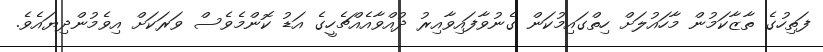
ފަތިހުގެ ތާޒާކަމުން މާހައުލަށް ހިތްގައިމުކަން ގެނުވާފައިވާއިރު ދުއްވާއެއްޗެހީގެ އަޑު ކޮންމެވެސް ވަރަކަށް އިވެމުންދިޔައެވެ.